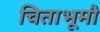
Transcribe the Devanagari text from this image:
चिताभूमौ